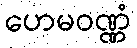
ဟေမဝဏ္ဏံ